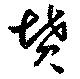
墳